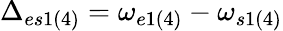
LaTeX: \Delta_{es1(4)}=\omega_{e1(4)}-\omega_{s1(4)}